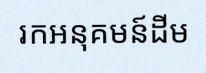
រកអនុគមន៍ដើម